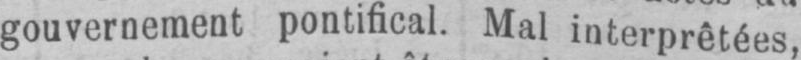
gouvernement pontifical. Mal interprêtées,